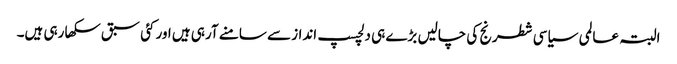
البتہ عالمی سیاسی شطرنج کی چالیں بڑے ہی دلچسپ انداز سے سامنے آرہی ہیں اور کئی سبق سکھا رہی ہیں۔